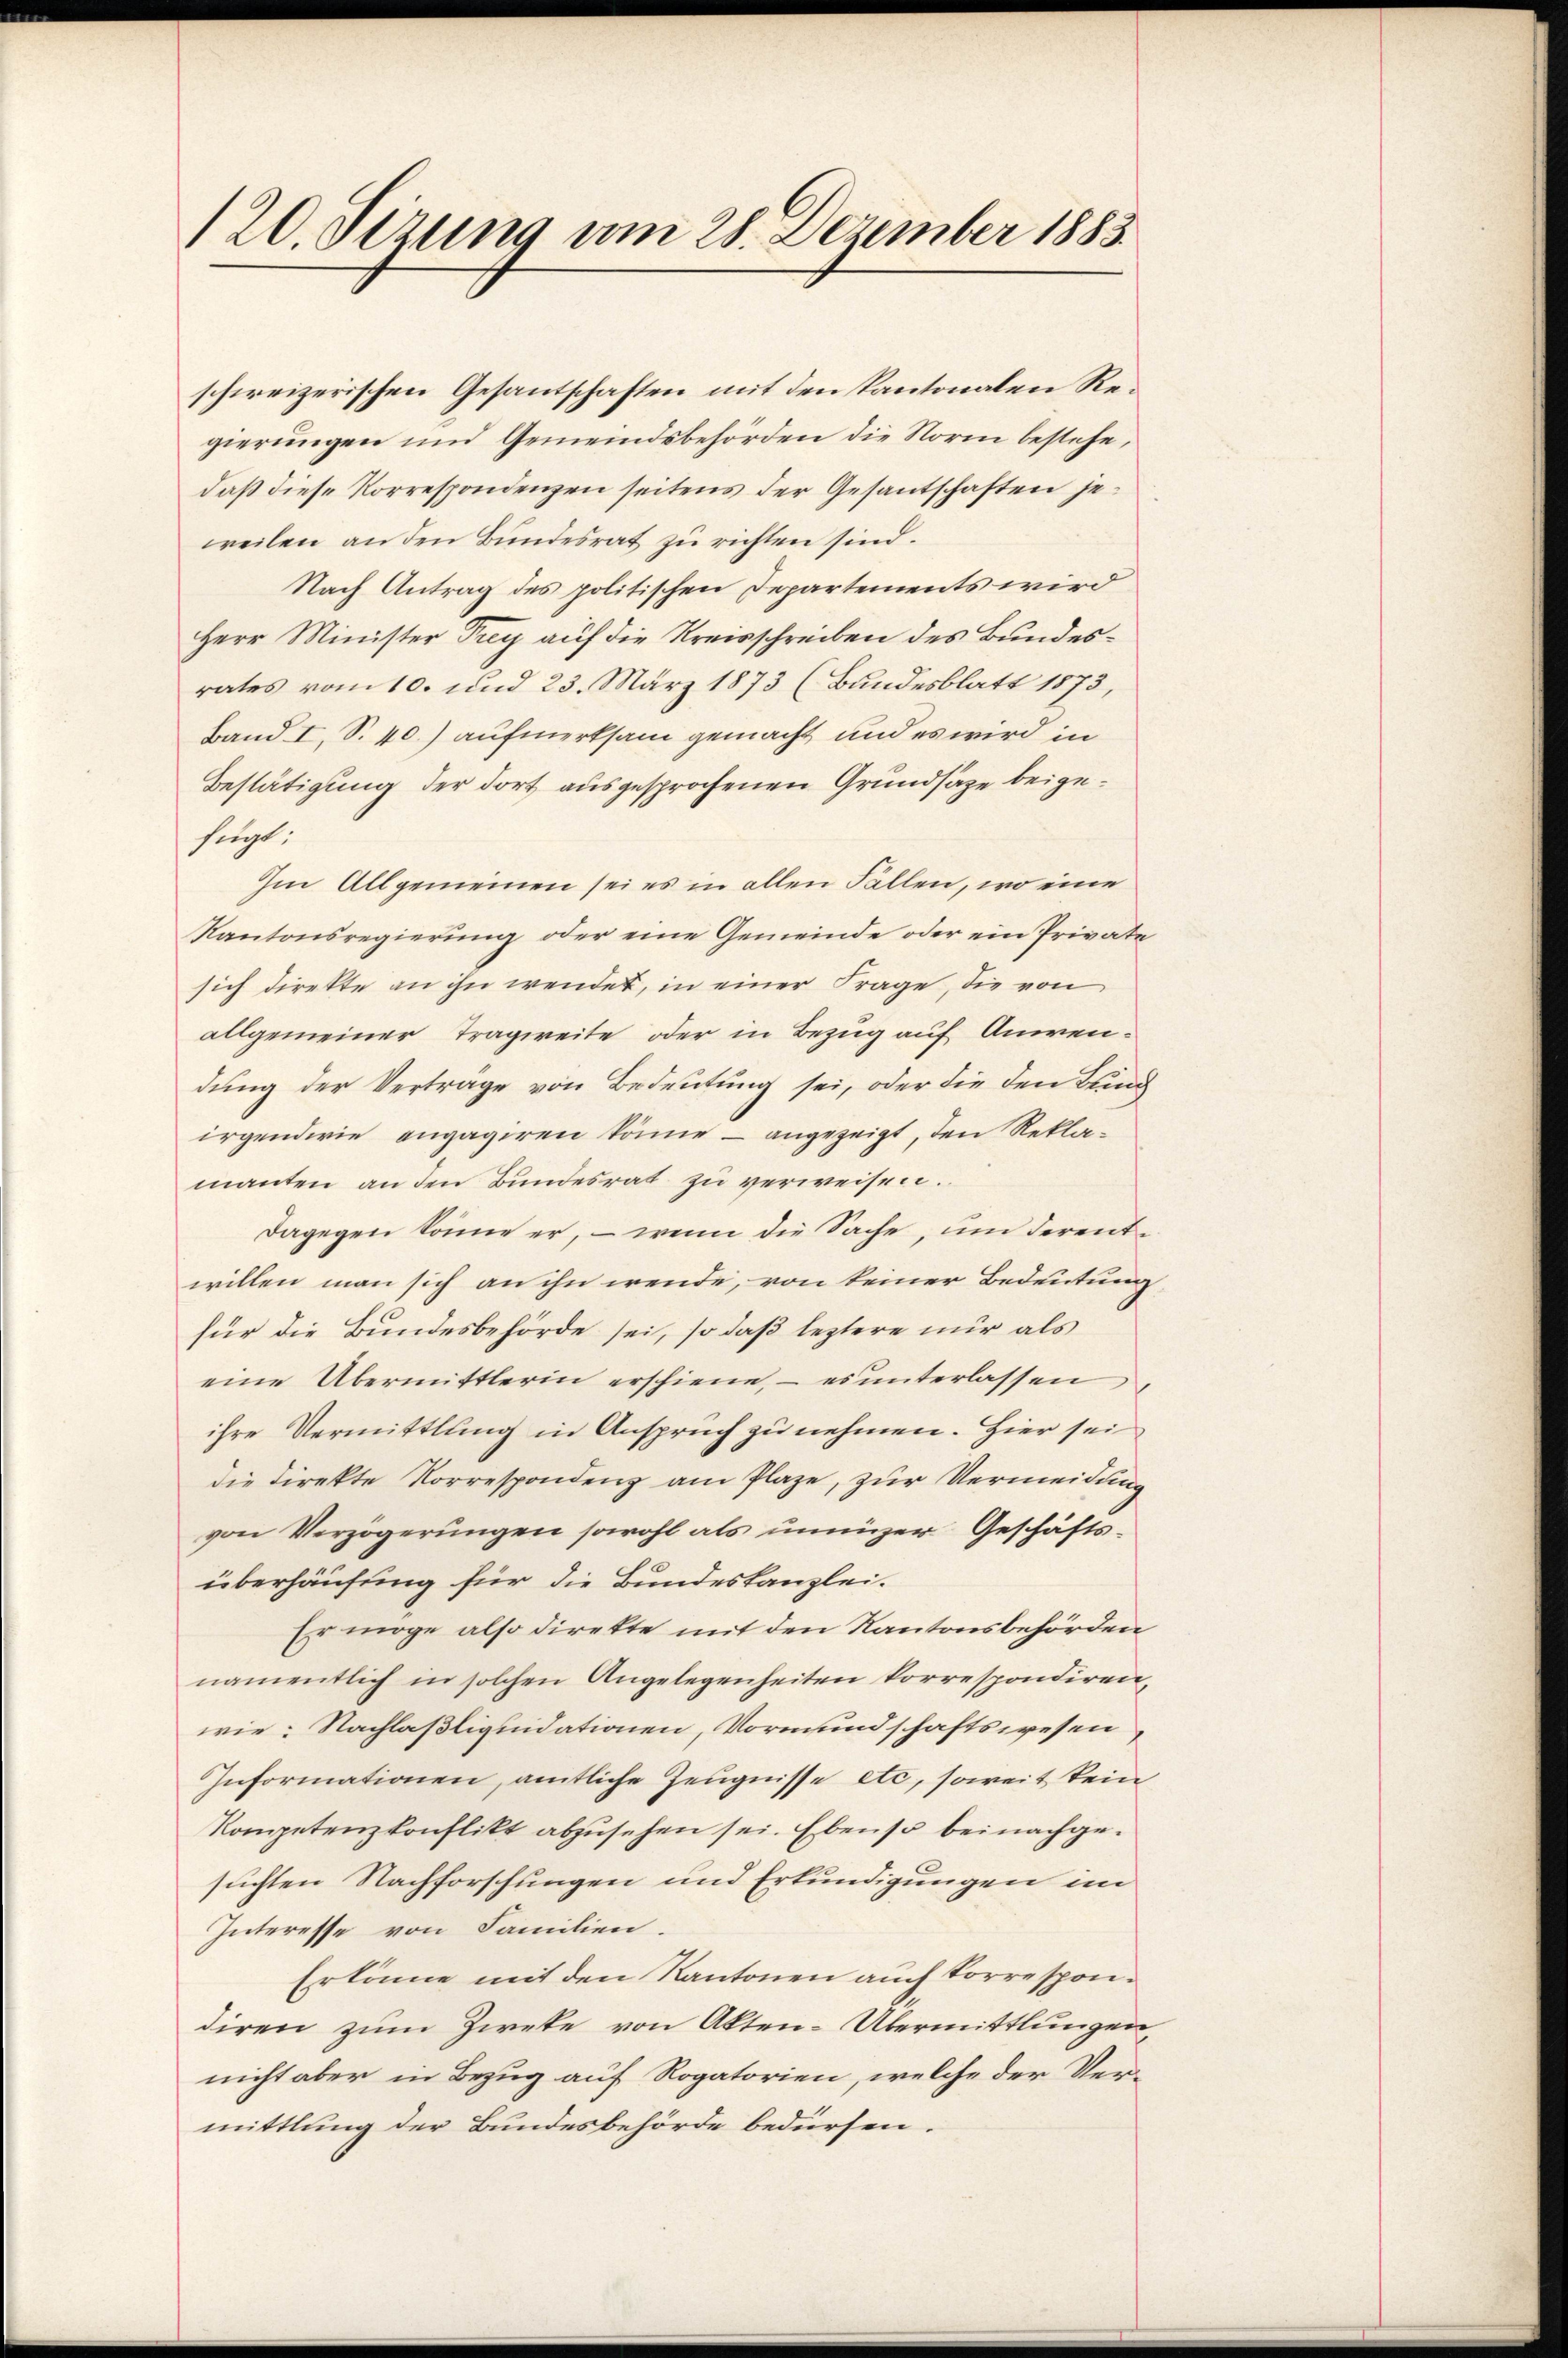
120. Sizung am 28. Dezember 1883.

schweizerischen Gesantschaften mit den kantonalen Regierungen und Gemeindsbehörden die Norm bestehe,
daß diese Korrespondenzen seitens der Gesantschaften jeweilen an den Bundesrat zu richten sind.
Nach Antrag des politischen Departements wird
Herr Minister Frey auf die Kreisschreiben des Bundesrates vom 10. und 23. März 1873 (Bundesblatt 1873,
Band I, S. 40.) aufmerksam gemacht und es wird in
Bestätigung der dort ausgesprochenen Grundsaze beigefügt:
Im Allgemeinen sei es in allen Fallen, wo eine
Kantonsregierung oder eine Gemeinde oder ein Private
sich direkte an ihn wendet, in einer Frage, die von
allgemeiner Tragweite oder in Bezug auf Anwendung der Vertrage von Bedeutung sei, oder die den Blum
irgendwie angagiren könne - angezeigt, den Reklamanten an den Bundesrat zu verweisen.
dagegen könne er, – wenn die Sache, um derentwillen man sich an ihn wende, von keiner Bedeutung
für die Bundesbehörde sei, so daß leztere nur als
eine Übermittlerin erschiene, – es unterlassen
ihre Vermittlung in Anspruch zu nehmen. Hier sei
die Direkte Korrespondenz am Plaze, zur Vermeidung
von Verzögerŭngen sowohl als inniger Geschäfts-
überhausung für die Bundeskanzlei.
Er möge also direkte mit den Kantonsbehörden
namentlich in solchen Angelegenheiten korrespondiren
wie: Nachlaßliquidationen, Vormundschaftswesen,
Informationen, amtliche Zeugnisse etc. soweit kein
Kompetenzkonflikt abzŭsehen sei. Ebenso bei nachgesuchten Nachforschungen und Erkundigungen im
Interesse von Familien.
Erkönne mit den Kantonen auch Torrespondiren zum Zweke von Akten-Übermittlungen
nicht aber in Bezug auf Rogatorien, welche der Vermittlung der Bundesbehörde bedürfen.